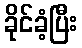
ခိုင်ခံ့ပြီး